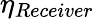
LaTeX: \eta_{Receiver}